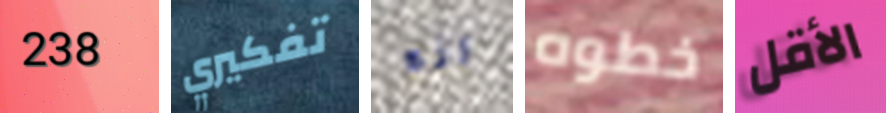
238 تفكيري انه خطوه الأقل